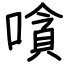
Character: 嗿